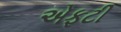
એફટી